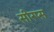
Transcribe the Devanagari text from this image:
सीरप्स